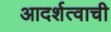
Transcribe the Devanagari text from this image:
आदर्शत्वाची